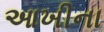
આખીના